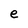
Character: e